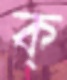
ক্